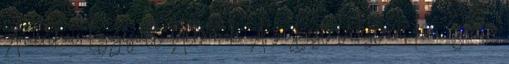
Amerikai Egyesült Államok A z Best Western Inn Santa